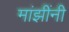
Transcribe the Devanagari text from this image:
मांझींनी